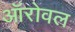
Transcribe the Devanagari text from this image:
ऑरोवल